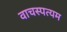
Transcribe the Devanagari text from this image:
वाचस्पत्यम